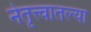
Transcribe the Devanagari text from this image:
नेतृत्त्वातल्या